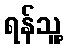
ရန်သူ့